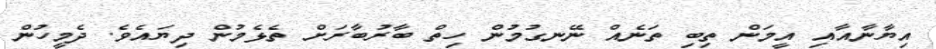
އިޔާނާއާއި އީމަން ތިބި ތަނެއް ނޭނގުމުން ހިތް ބާރުބާރަށް ތެޅެމުން ދިޔައެވެ. ދެމީހުން